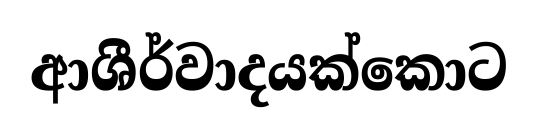
ආශීර්වාදයක්කොට